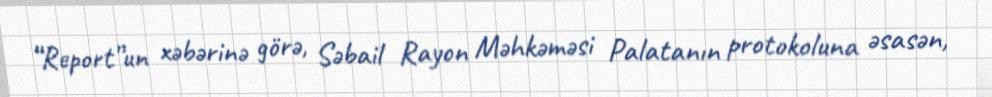
“Report”un xəbərinə görə, Səbail Rayon Məhkəməsi Palatanın protokoluna əsasən,